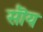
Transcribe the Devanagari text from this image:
सॊय